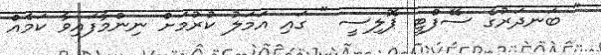
" ބަނދަރުގެ ސޭފްޓީ ޕޮލިސީ " ގައި އަމަލު ކުރުމަށް ނިންމާފައިވާ ކަމެއް